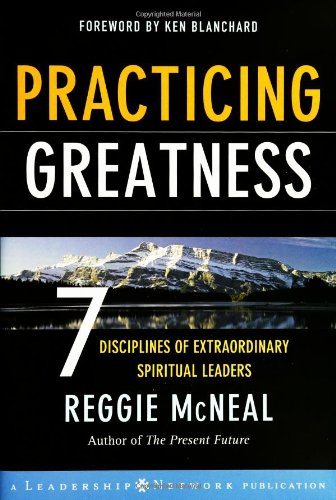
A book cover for Practicing Greatness: 7 Disciplines of Extraordinary Spiritual Leaders; Reggie McNeal; Christian Books & Bibles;